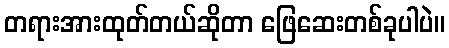
တရားအားထုတ်တယ်ဆိုတာ ဖြေဆေးတစ်ခုပါပဲ။